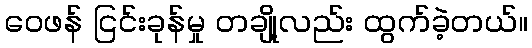
ဝေဖန် ငြင်းခုန်မှု တချို့လည်း ထွက်ခဲ့တယ်။